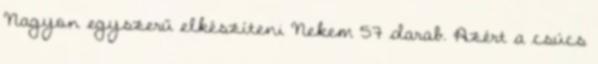
Nagyon egyszerű elkészíteni Nekem 57 darab. Azért a csúcs